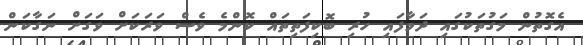
އެގޮތުން މަގުތަކުގައި ދަމާފައި ހުރި ބޮކިފަތިތައް ކޮންމެ ވެސް ވަރަކަށް ވަގަށް ނަގާކަން